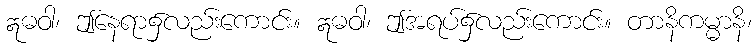
ဣဓဝါ၊ ဤနေရာ၌လည်းကောင်း။ ဣဓဝါ၊ ဤအရပ်၌လည်းကောင်း။ တာနိကမ္မာနိ၊